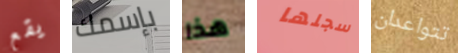
يقع بإسمك هذا سجلها تتواعدان